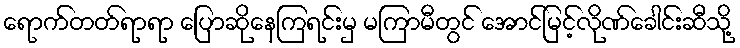
ရောက်တတ်ရာရာ ပြောဆိုနေကြရင်းမှ မကြာမီတွင် အောင်မြင့်လိုဏ်ခေါင်းဆီသို့